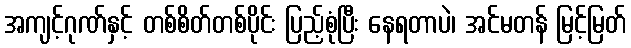
အကျင့်ဂုဏ်နှင့် တစ်စိတ်တစ်ပိုင်း ပြည့်စုံပြီး နေရတာပဲ၊ အင်မတန် မြင့်မြတ်